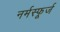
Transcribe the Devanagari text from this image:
नर्मस्फूर्ज